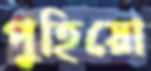
পুহিয়ো